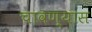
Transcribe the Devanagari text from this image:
चावण्यास